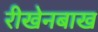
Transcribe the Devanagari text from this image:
रीखेनबाख